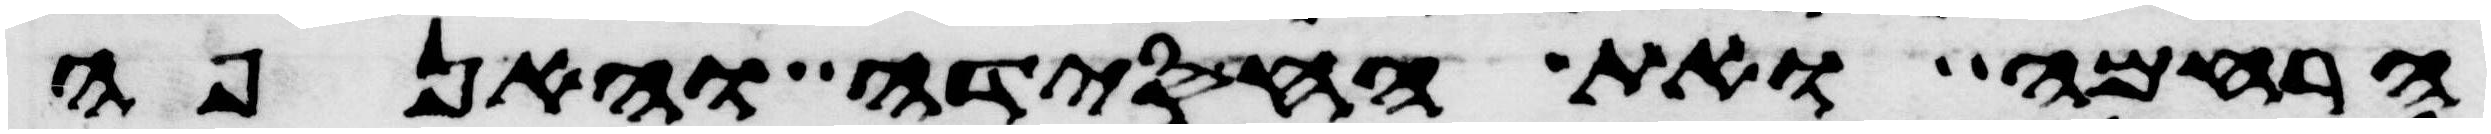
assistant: הרחמה ואת החסידה והאנפה